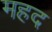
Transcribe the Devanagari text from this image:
महद